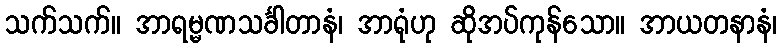
သက်သက်။ အာရမ္မဏသင်္ခါတာနံ၊ အာရုံဟု ဆိုအပ်ကုန်သော။ အာယတနာနံ၊